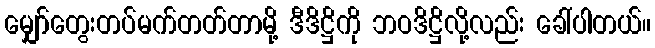
မျှော်တွေးတပ်မက်တတ်တာမို့ ဒီဒိဋ္ဌိကို ဘဝဒိဋ္ဌိလို့လည်း ခေါ်ပါတယ်။